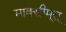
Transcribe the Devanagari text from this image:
माक्सीमूस्